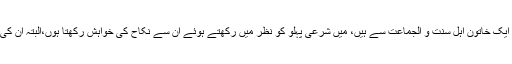
جملہ معاملات کے لیے جولوگ میری راہ نمائی کرتے ہیں ان میں ایک خاتون اہلِ سنت و الجماعت سے ہیں، میں شرعی پہلو کو نظر میں رکھتے ہوئے ان سے نکاح کی خواہش رکھتا ہوں،البتہ ان کی اور ان کے گھر والوں کی تسلی کے لیے آپ سے فتوی چاہتا ہوں ۔